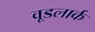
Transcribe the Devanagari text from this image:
वूडलार्क